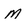
Character: M